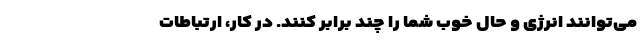
می‌توانند انرژی و حال خوب شما را چند برابر کنند. در کار، ارتباطات